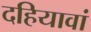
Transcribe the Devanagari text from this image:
दहियावां